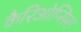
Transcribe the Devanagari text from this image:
कैरिओप्सिस